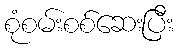
စုံစမ်းစစ်ဆေးပြီး